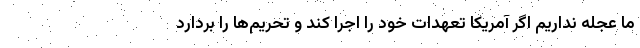
ما عجله نداریم اگر آمریکا تعهدات خود را اجرا کند و تحریم‌ها را بردارد